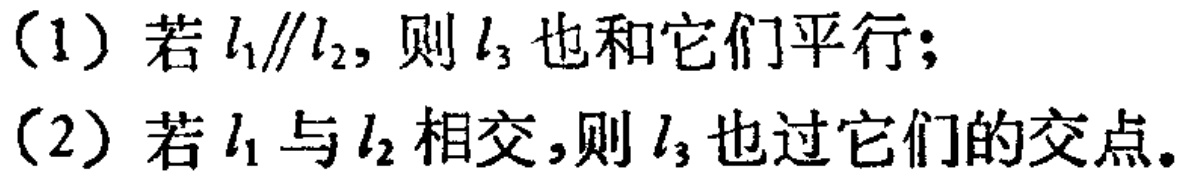
（1）若 \(l_{1}\parallel l_{2}\)，则 \(l_{3}\) 也和它们平行；
（2）若 \(l_{1}\) 与 \(l_{2}\) 相交，则 \(l_{3}\) 也过它们的交点。